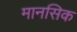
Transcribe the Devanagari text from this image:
मानसिक